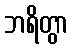
ဘရိတွာ